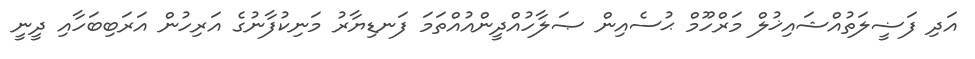
އަދި ފަޟީލަތުއްޝައިޚުލް މަރްހޫމް ޙުސެއިން ޞަލާހުއްދީންއުއްތަމަ ފަނޑިޔާރު މަނިކުފާނުގެ އަރިހުން އަރަބިބަހާއި ދީނީ